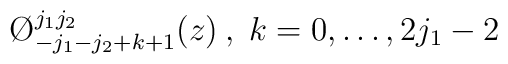
\O ^{j_{1}j_{2}}_{-j_{1}-j_{2}+k+1}(z)\: ,\; k=0,\dots ,2j_{1}-2